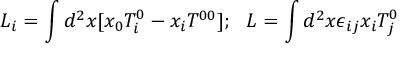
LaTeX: L _ { i } = \int d ^ { 2 } x [ x _ { 0 } T _ { i } ^ { 0 } - x _ { i } T ^ { 0 0 } ] ; \ \ L = \int d ^ { 2 } x \epsilon _ { i j } x _ { i } T _ { j } ^ { 0 }